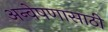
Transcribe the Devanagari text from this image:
अन्वेषणासाठी